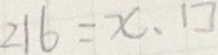
2 1 6 = x . \square